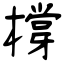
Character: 橕